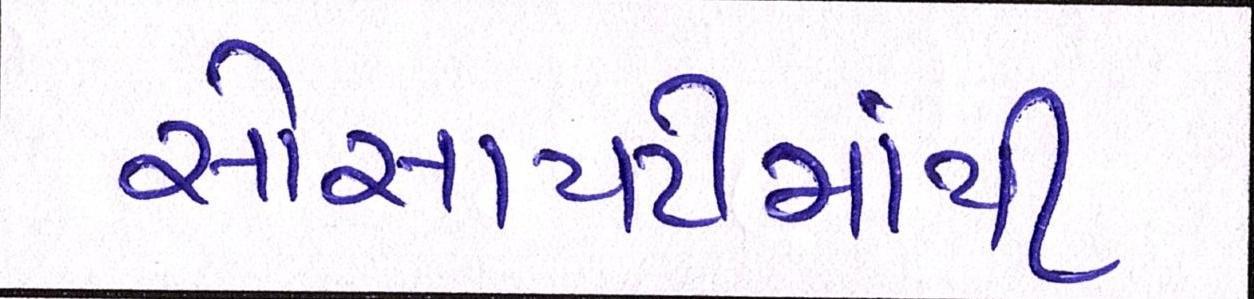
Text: સોસાયટીમાંથી